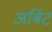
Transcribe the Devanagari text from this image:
अर्बिट